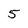
Character: 5